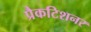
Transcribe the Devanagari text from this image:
प्रैकटिशनर